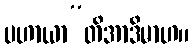
ပဟာယာ”တိအာဒိမာဟ။